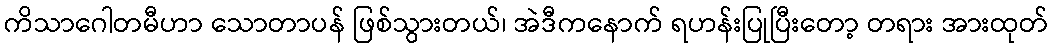
ကိသာဂေါတမီဟာ သောတာပန် ဖြစ်သွားတယ်၊ အဲဒီကနောက် ရဟန်းပြုပြီးတော့ တရား အားထုတ်